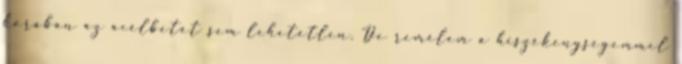
korában az acélbetét sem lehetetlen. De remélem a hiszékenységemmel